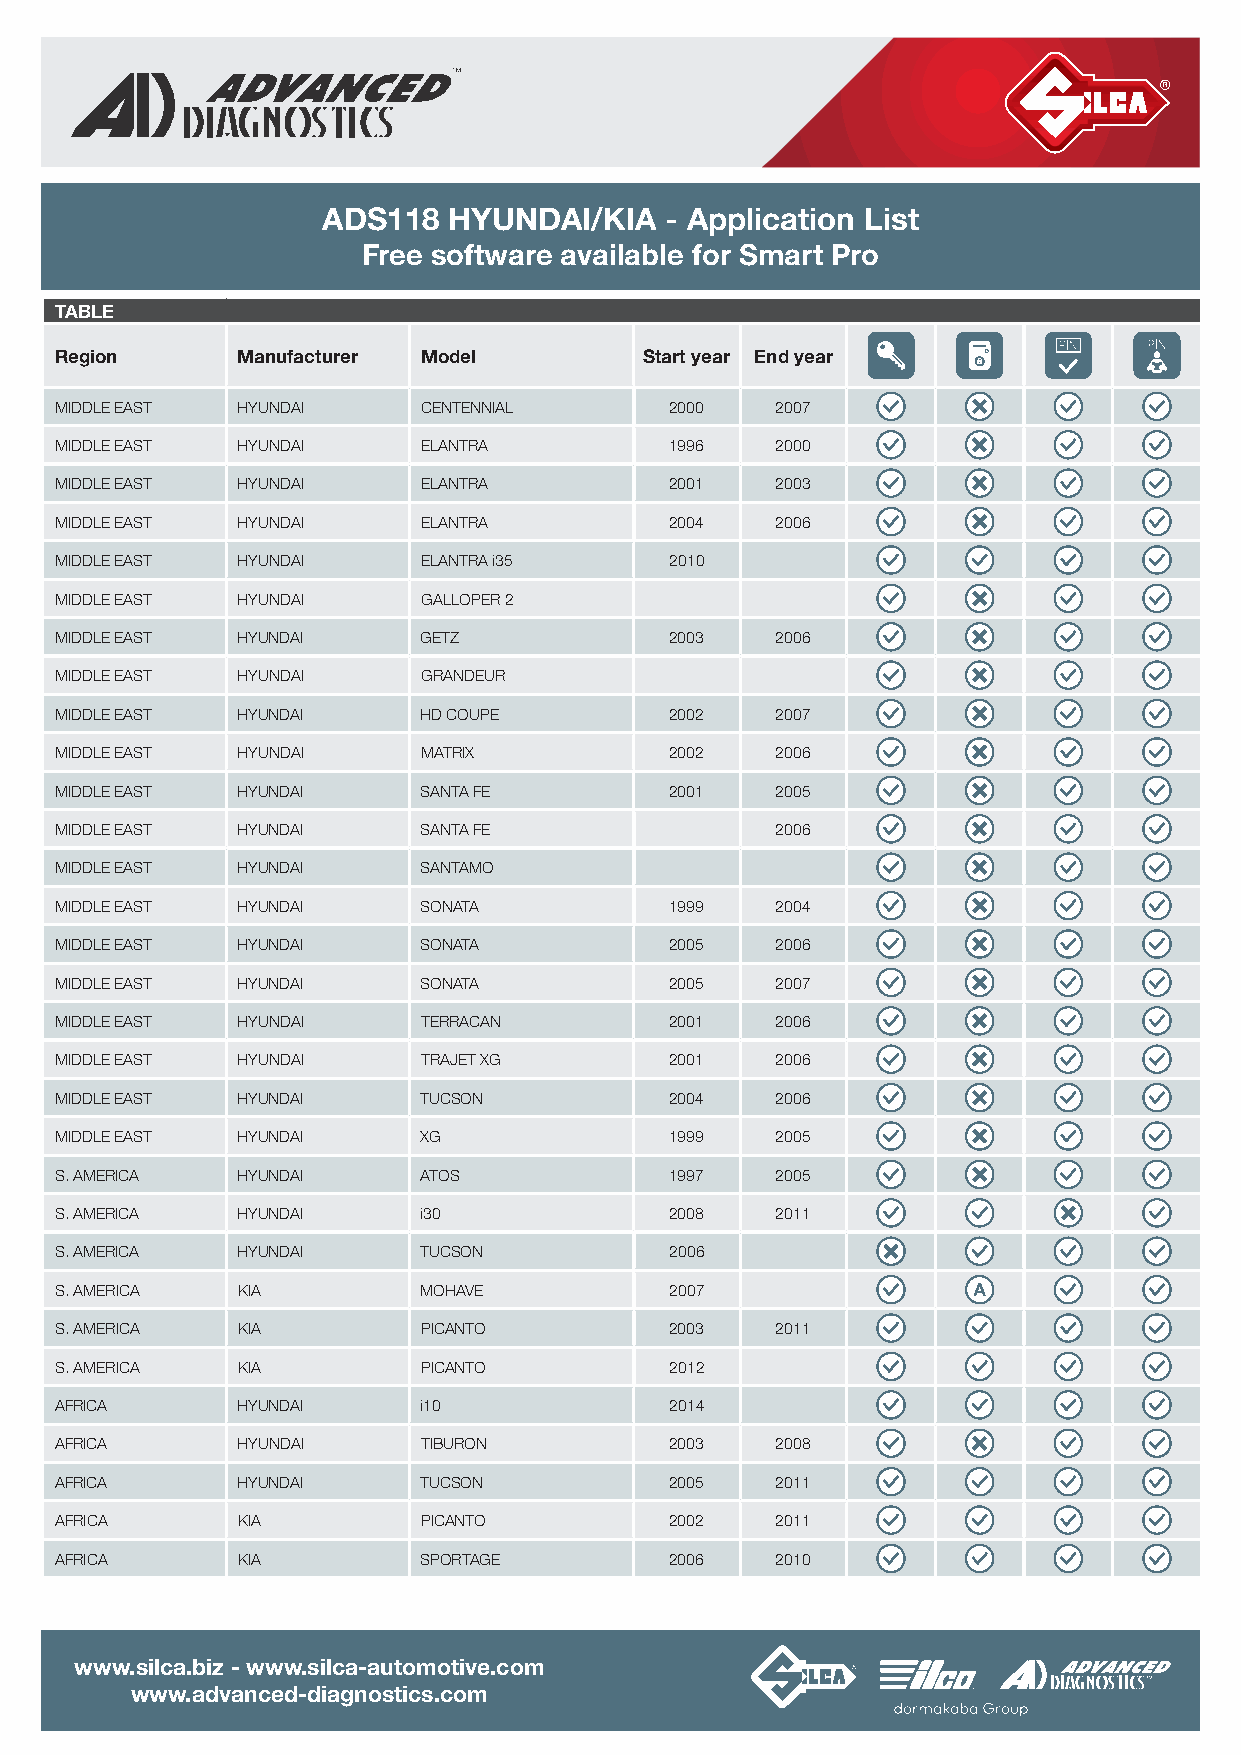
ADS118   HYUNDAI/KIA   - Application List
 Free software available for Smart Pro
 TABLE
 Region      Manufacturer Model         Start year End year
 MIDDLE EAST HYUNDAI     CENTENNIAL      2000   2007
 MIDDLE EAST HYUNDAI     ELANTRA         1996   2000
 MIDDLE EAST HYUNDAI     ELANTRA         2001   2003
 MIDDLE EAST HYUNDAI     ELANTRA         2004   2006
 MIDDLE EAST HYUNDAI     ELANTRA i35     2010
 MIDDLE EAST HYUNDAI     GALLOPER 2
 MIDDLE EAST HYUNDAI     GETZ            2003   2006
 MIDDLE EAST HYUNDAI     GRANDEUR
 MIDDLE EAST HYUNDAI     HD COUPE        2002   2007
 MIDDLE EAST HYUNDAI     MATRIX          2002   2006
 MIDDLE EAST HYUNDAI     SANTA FE        2001   2005
 MIDDLE EAST HYUNDAI     SANTA FE               2006
 MIDDLE EAST HYUNDAI     SANTAMO
 MIDDLE EAST HYUNDAI     SONATA          1999   2004
 MIDDLE EAST HYUNDAI     SONATA          2005   2006
 MIDDLE EAST HYUNDAI     SONATA          2005   2007
 MIDDLE EAST HYUNDAI     TERRACAN        2001   2006
 MIDDLE EAST HYUNDAI     TRAJET XG       2001   2006
 MIDDLE EAST HYUNDAI     TUCSON          2004   2006
 MIDDLE EAST HYUNDAI     XG              1999   2005
 S. AMERICA  HYUNDAI     ATOS            1997   2005
 S. AMERICA  HYUNDAI     i30             2008   2011
 S. AMERICA  HYUNDAI     TUCSON          2006
 S. AMERICA  KIA         MOHAVE          2007
 S. AMERICA  KIA         PICANTO         2003   2011
 S. AMERICA  KIA         PICANTO         2012
 AFRICA      HYUNDAI     i10             2014
 AFRICA      HYUNDAI     TIBURON         2003   2008
 AFRICA      HYUNDAI     TUCSON          2005   2011
 AFRICA      KIA         PICANTO         2002   2011
 AFRICA      KIA         SPORTAGE        2006   2010
 www.silca.biz - www.silca-automotive.com
 www.advanced-diagnostics.com